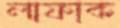
লাফাক